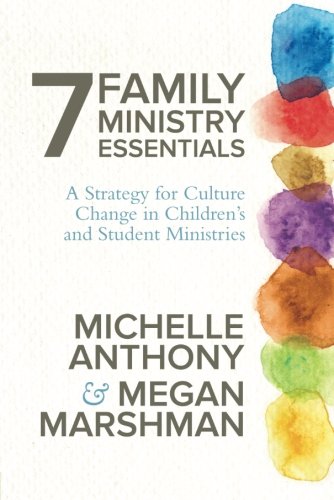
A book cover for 7 Family Ministry Essentials: A Strategy for Culture Change in Children's and Student Ministries; Michelle Anthony; Christian Books & Bibles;